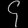
Digit: ၄